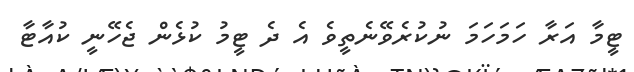
ޓީމާ އަރާ ހަމަހަމަ ނުކުރެވޭނެތީވެ އެ ދެ ޓީމު ކުޅެން ޖެހޭނީ ކުއާޓާ